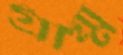
গ্রীষ্ম